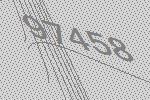
97458